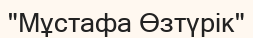
"Мұстафа Өзтүрік"